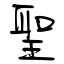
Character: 聖